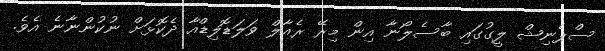
ސްޕެނިޝް ލީގުގައި ބާސެލޯނާ އިން މިރޭ ރެއާލް ވަލަޑޮލިޑްއާ ދެކޮޅަށް ނުކުންނާނެ އެވެ.